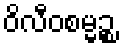
ဝိလီဝစမ္မဉ္စ